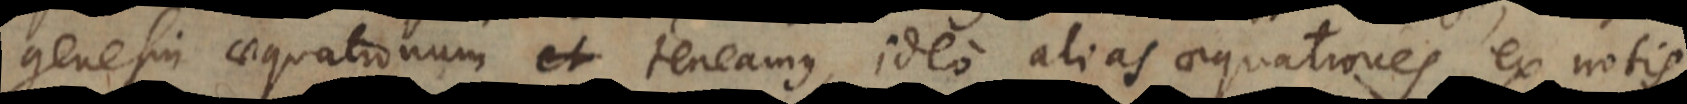
genesin aequationum teneamus, ideo alias aequationes ex notis